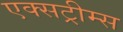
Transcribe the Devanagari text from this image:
एक्सट्रीम्स